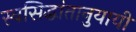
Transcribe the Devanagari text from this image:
स्वसिद्धांतानुयायी